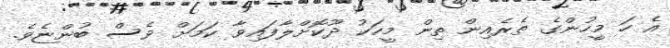
އެ ހަ މީހުންގެ ތެރެއިން ތިން މީހަކު ދޫކޮށްލާފައިވާ ކަމަށް ވެސް ބުންޏެވެ.